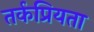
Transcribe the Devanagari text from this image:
तर्कप्रियता